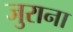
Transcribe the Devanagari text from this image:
जुराना